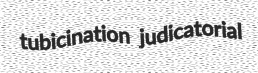
tubicination judicatorial